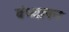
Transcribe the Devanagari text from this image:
वंध्यापन